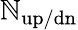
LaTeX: \mathbb{N}_{\mathrm{{{up/dn}}}}